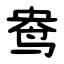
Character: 鸯